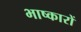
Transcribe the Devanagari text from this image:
भाष्कारों